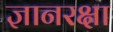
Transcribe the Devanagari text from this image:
ज्ञानरक्षा